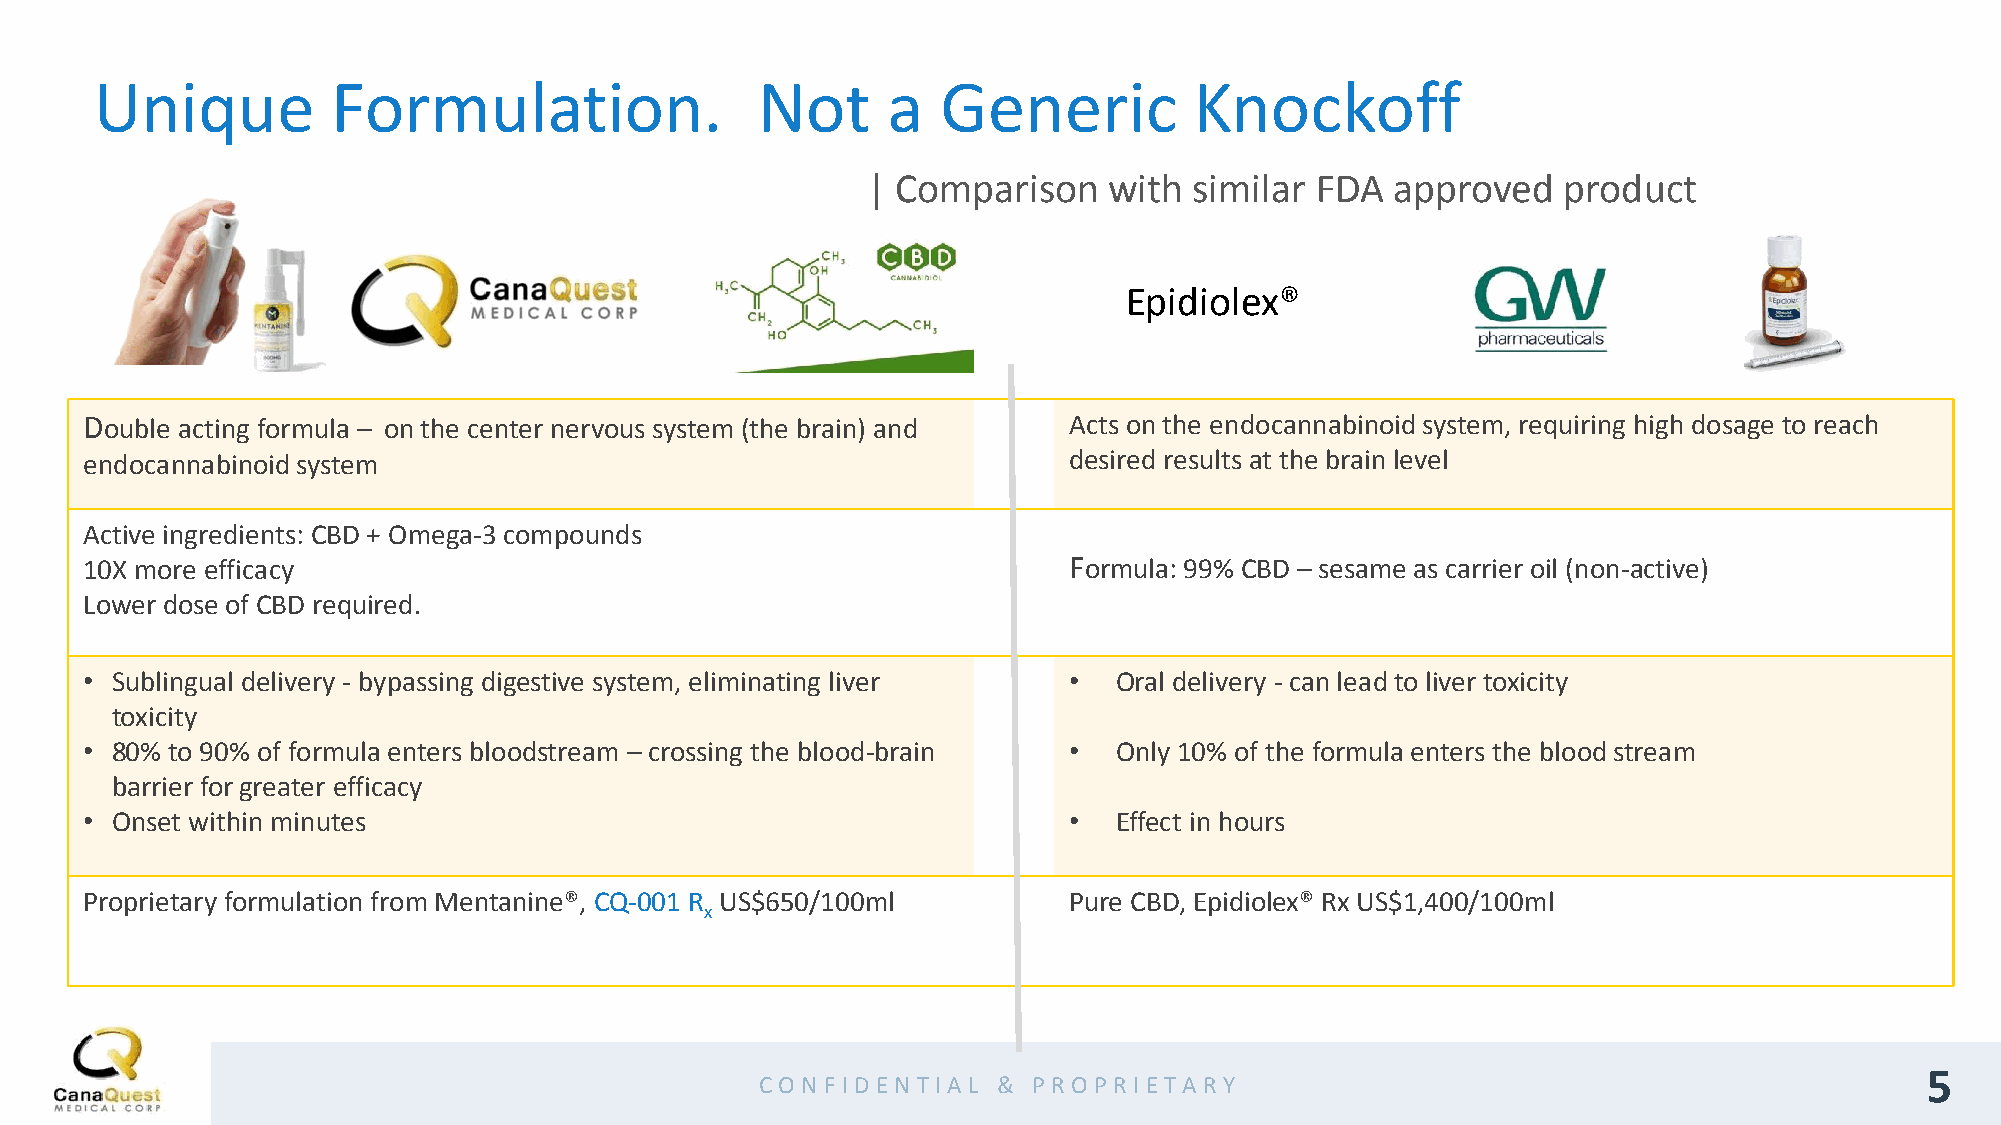
Unique          Formulation.                Not      a  Generic          Knockoff
 | Comparison    with  similar FDA  approved   product
 Epidiolex®
 Double acting formula – on the center nervous system (the brain) and Acts on the endocannabinoid system, requiring high dosage to reach
 endocannabinoid system                                           desired results at the brain level
 Active ingredients: CBD + Omega-3 compounds
 10X more efficacy                                                Formula: 99% CBD – sesame as carrier oil (non-active)
 Lower dose of CBD required.
 • Sublingual delivery - bypassing digestive system, eliminating liver • Oral delivery - can lead to liver toxicity
 toxicity
 • 80% to 90% of formula enters bloodstream – crossing the blood-brain • Only 10% of the formula enters the blood stream
 barrier for greater efficacy
 • Onset within minutes                                           •  Effect in hours
 Proprietary formulation from Mentanine®, CQ-001 R US$650/100ml   Pure CBD, Epidiolex® Rx US$1,400/100ml
 x
 5
 CO N F ID EN TIA L & PR O PR IETA R Y